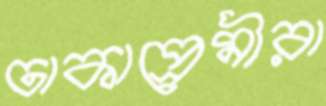
ঢাকাপ্রেমীরা